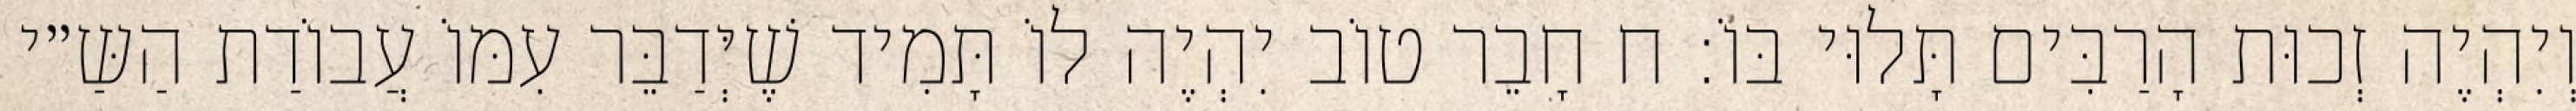
וְיִהְיֶה זְכוּת הָרַבִּים תָּלוּי בּוֹ: ח חָבֵר טוֹב יִהְיֶה לוֹ תָּמִיד שֶׁיְּדַבֵּר עִמּוֹ עֲבוֹדַת הַשַּ״י